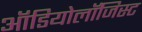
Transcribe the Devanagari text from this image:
ऑडियोलॉजिस्ट